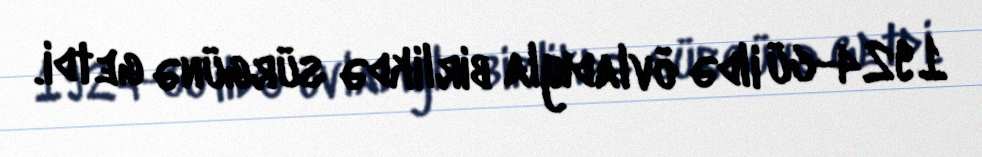
1924-cü ildə övladıyla birlikdə sürgünə getdi.